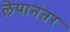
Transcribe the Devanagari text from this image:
लेपानंतर